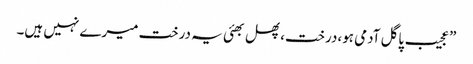
”عجیب پاگل آدمی ہو،درخت،پھل بھئی یہ درخت میرے نہیں ہیں۔